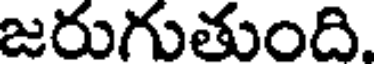
జరుగుతుంది.